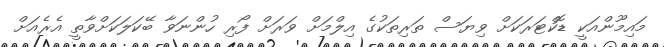
މައިމޫންއަކީ ޑޮކްޓަރަކަށް ވިޔަސް ތަރިތަކުގެ އިލްމަށް ވަރަށް ފޯރި ހުންނަވާ ބޭކަލަކަށްވާތީ އެރެއަށް